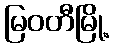
မြဝတီမြို့